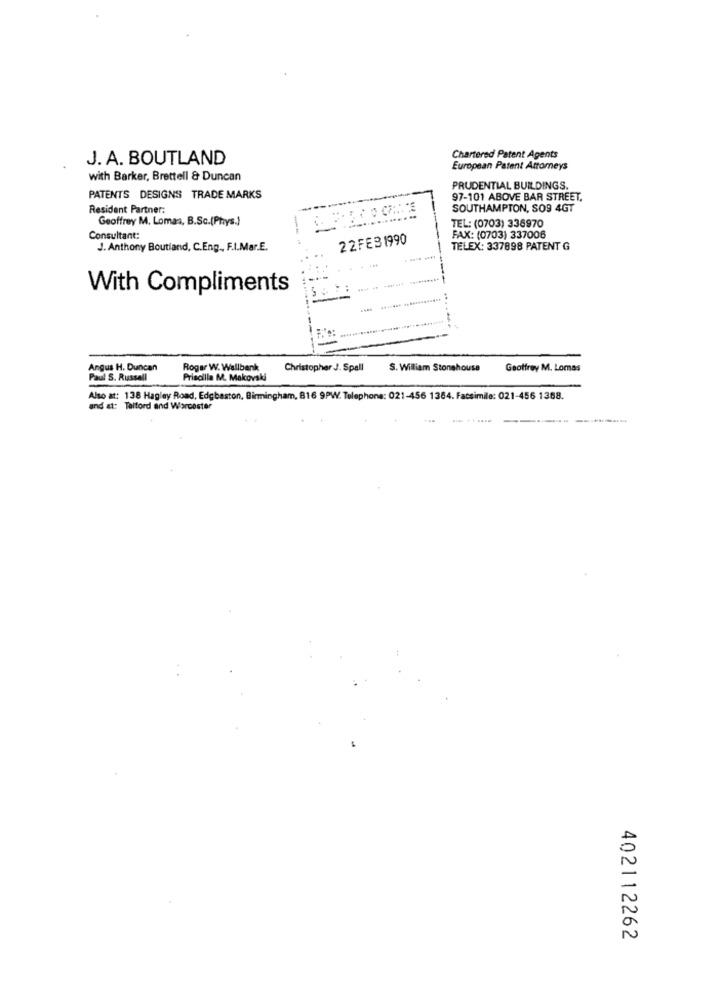
J. A. BOUTLAND
Chartered Patent Agents
European Patent Attorneys
with Barker, Brettell & Duncan
PRUDENTIAL BUILDINGS.
PATENTS DESIGNS TRADE MARKS
97-101 ABOVE BAR STREET,
Resident Partner:
SOUTHAMPTON, SO9 4GT
Geoffrey M. Lomas, B.Sc.(Phys.)
TEL: (0703) 336970
Consultant:
22FEB1990
FAX: (0703) 337006
J. Anthony Boutiand, C.Eng ., F.I.Mar.E.
-
TELEX: 337898 PATENT G
With Compliments
Angus H. Duncan
Rogar W. Wallbank
Christopher J. Spall
S. William Stonehouse
Geoffrey M. Lomas
Paul S. Russell
Priscilla M. Makovski
Also at: 138 Hagley Road, Edgbaston, Birmingham, 816 9PW. Telephone: 021-456 1364. Facsimile: 021-456 1368.
and at: Talford and Worcester
402112262